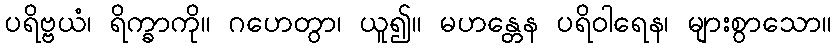
ပရိဗ္ဗယံ၊ ရိက္ခာကို။ ဂဟေတွာ၊ ယူ၍။ မဟန္တေန ပရိဝါရေန၊ များစွာသော။